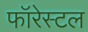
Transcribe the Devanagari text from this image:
फॉरेस्टल